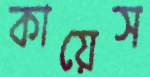
কায়েস